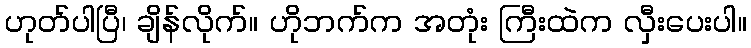
ဟုတ်ပါပြီ၊ ချိန်လိုက်။ ဟိုဘက်က အတုံး ကြီးထဲက လှီးပေးပါ။